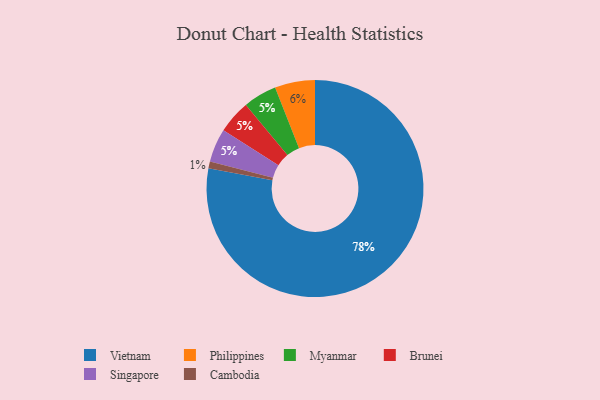
{"axis": {"x": "Category", "y": "Percentage"}, "legend": ["Brunei", "Cambodia", "Myanmar", "Philippines", "Singapore", "Vietnam"], "data": [{"x": "Vietnam", "y": 78, "type": "Vietnam"}, {"x": "Myanmar", "y": 5, "type": "Myanmar"}, {"x": "Brunei", "y": 5, "type": "Brunei"}, {"x": "Singapore", "y": 5, "type": "Singapore"}, {"x": "Cambodia", "y": 1, "type": "Cambodia"}, {"x": "Philippines", "y": 6, "type": "Philippines"}]}